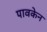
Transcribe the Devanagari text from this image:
पावकेन